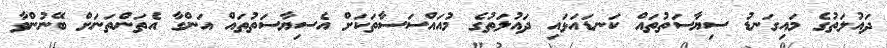
ދައުލަތުގެ މައިގަނޑު ސިޔާސަތުތައް ކަނޑައަޅައި ދައުލަތުގެ މުއައްސަސާތަކަށް އެސިޔާސަތުތައް އަންގާ އެތަންތަނަށް ބޭނުންވާ